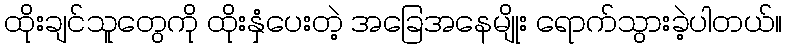
ထိုးချင်သူတွေကို ထိုးနှံပေးတဲ့ အခြေအနေမျိုး ရောက်သွားခဲ့ပါတယ်။